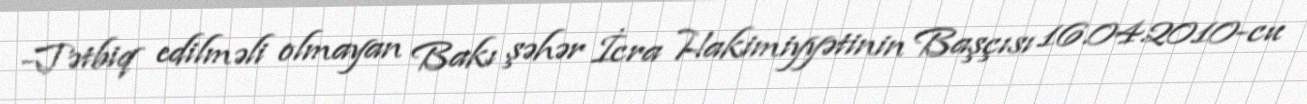
-Tətbiq edilməli olmayan Bakı şəhər İcra Hakimiyyətinin Başçısı 16.04.2010-cu